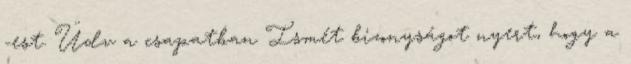
-est. Üdv a csapatban Ismét bizonyságot nyert, hogy a